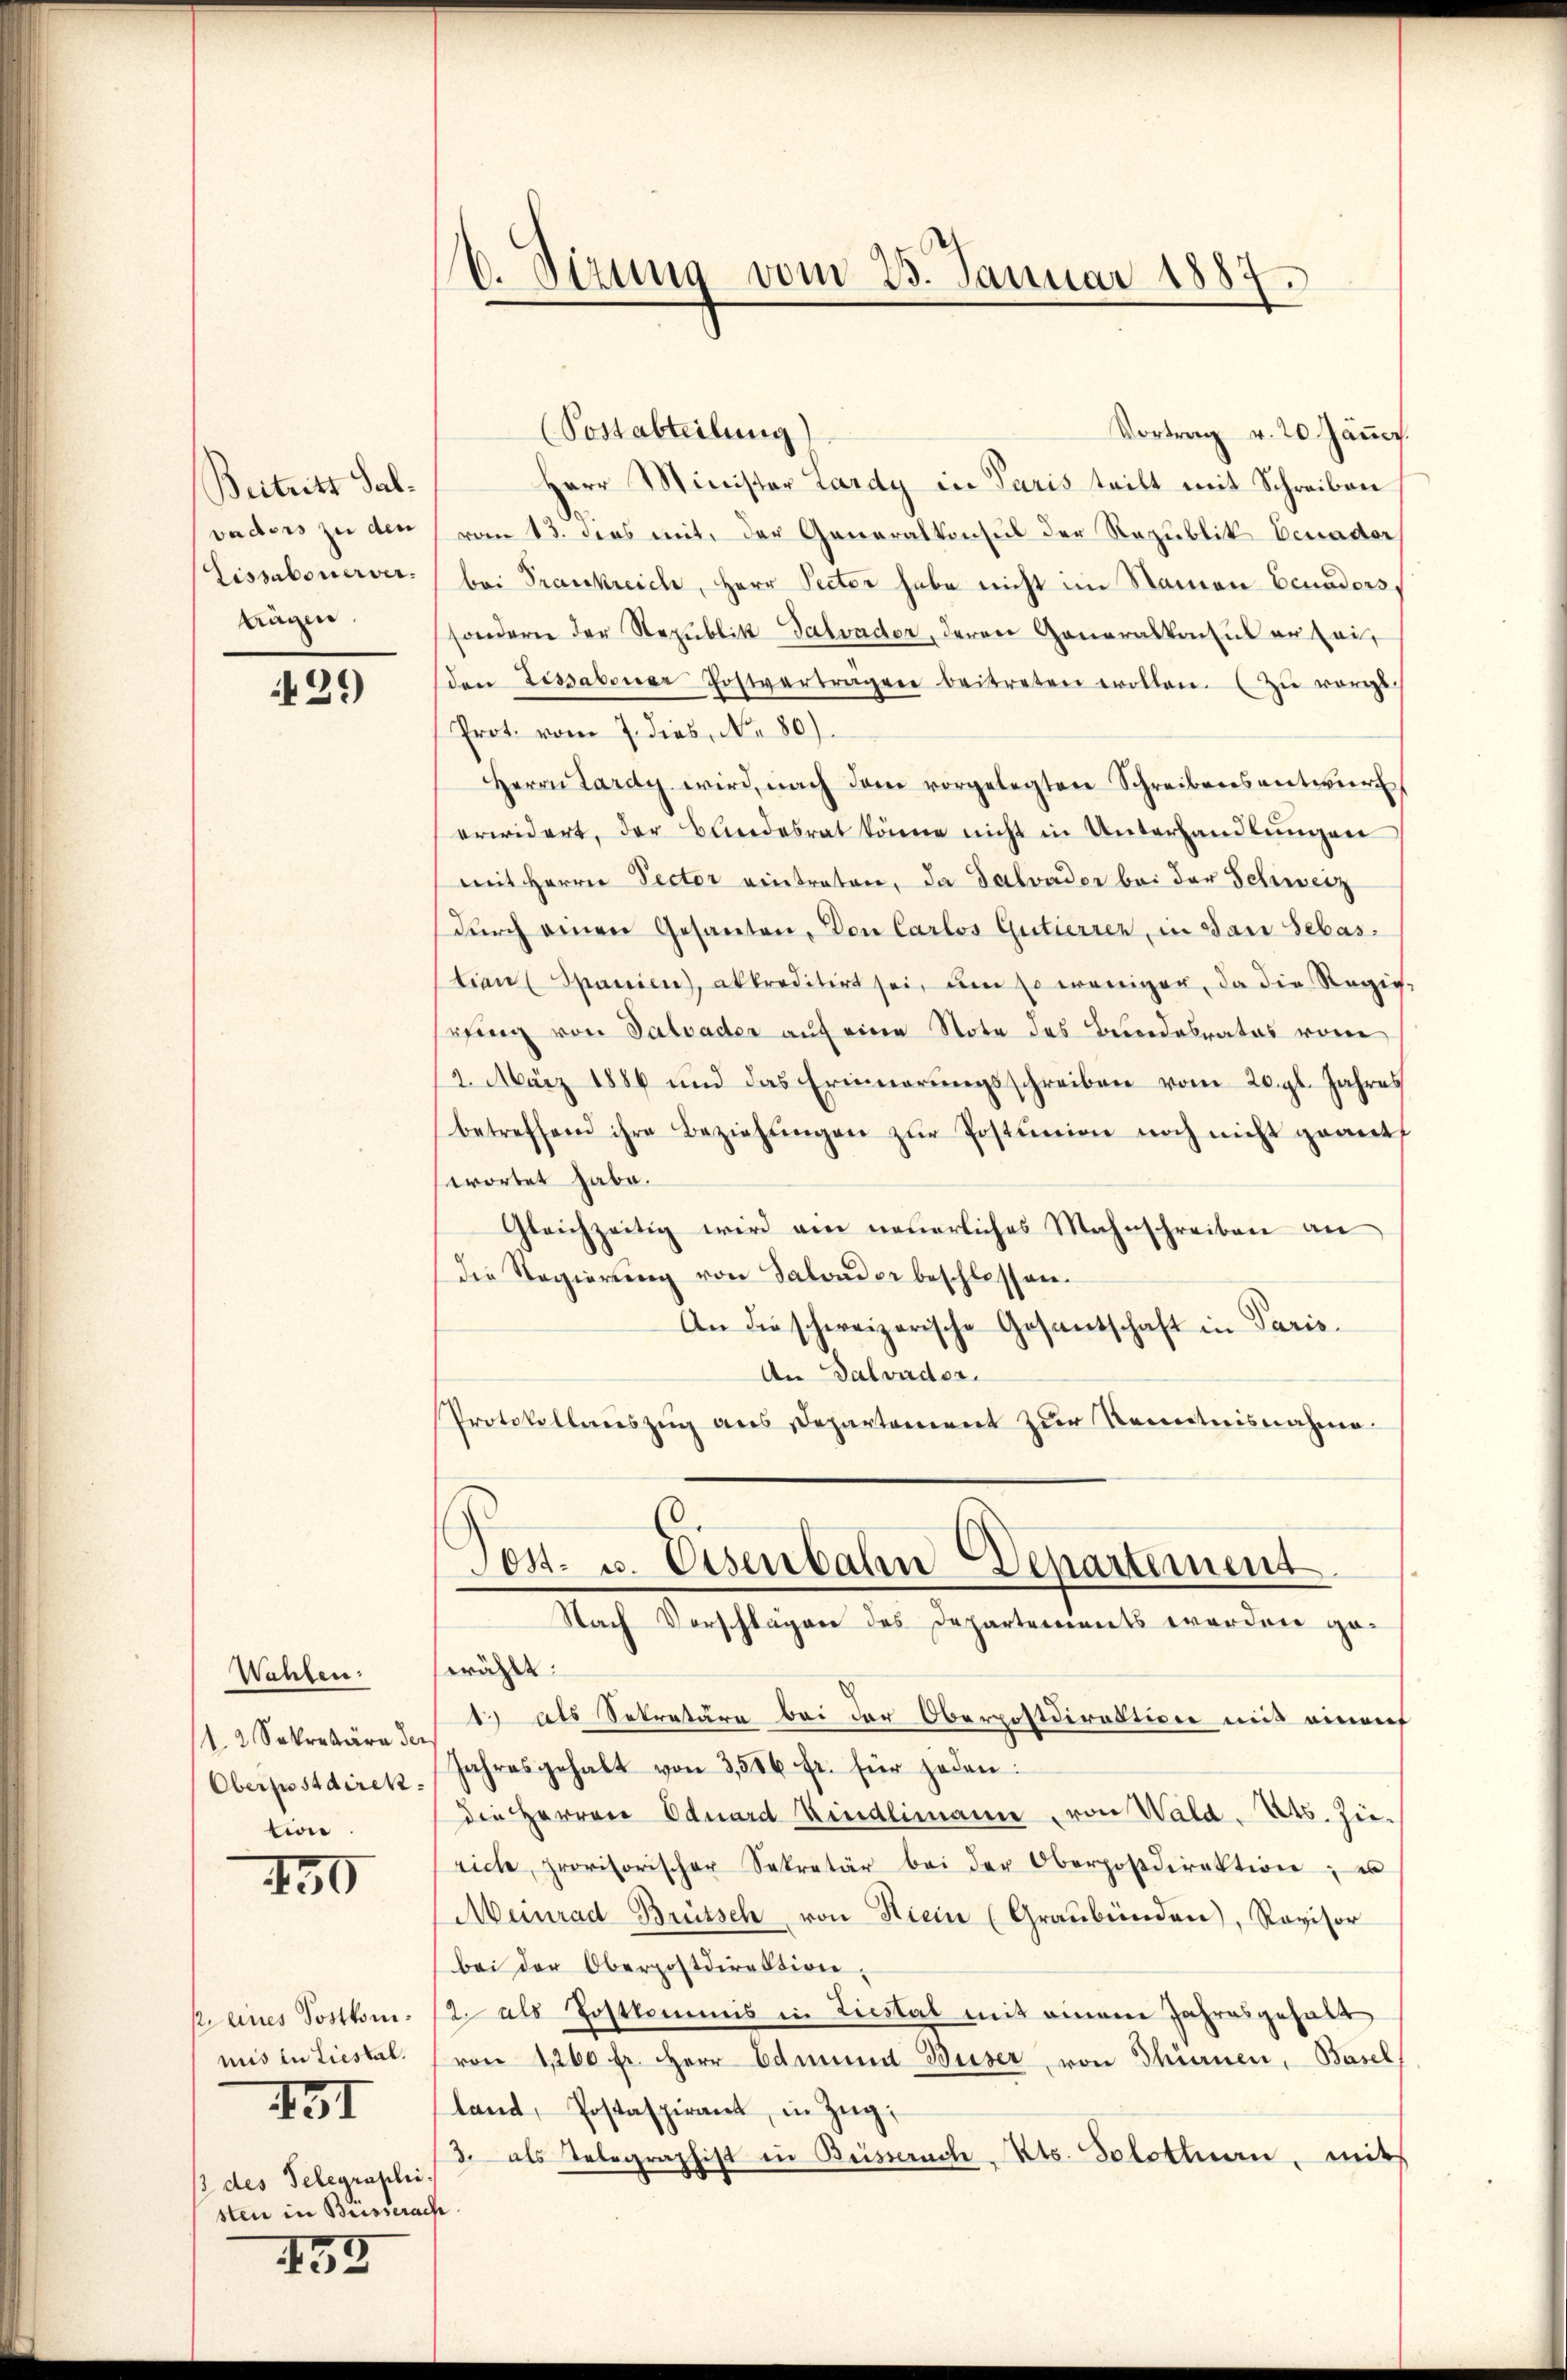
Beitritt Salvaders zu den
Lissabonerver-
tägen.

429)

Wahlen:
12 Sekretäre der
Oberpostdirek
tion

450

p eines Postkomimis in Liestal.
431
/3 des Telegraphis
sten in Biessera

133

6. Sizung vom 23. Januar 1887.

(Postabteilung)
Vortrag v. 20 Jäṅer
Herr Minister Lardy in Paris teilt mit Schreiben
vom 13. dies mit der Generalkonsul der Republik Benader
bei Frankreich, Herr Pecter habe nicht im Namen Ecuaders,
sondern der Republik Galvader, deren Generalkonsul er sei,
den Lissabonar Postvertragen beitreten wollen. (Zu vorge.
Prot. vom 7. dies, No. 80).
Herrn Lardy wird, nach dem vorgelegten Schreibensentwurf
erwidert, der Bundesrat könne nicht in Unterhandlungen
mit Herrn Pector eintraten, da Salvader bei der Schweiz
durch einen Gesanten, Von Carlos Gutierrer, in San Sebas
tian Spanien), akkreditirt sei, um so weniger, da die Regis-
rging von Salvader auf eine Note des Besondesrates vore
2. März 1886 und das Erinnerŭngsschreiben vom 20. gl. Jahres
betreffend ihre Beziehŭngen zŭr Postanien noch nicht geant
swortet habe.
Gleichzeitig wird ein neuerliches Mahnschreiben an
die Regierŭng von Salonder beschlossen.
An die schweizerische Gesantschaft in Paris.
An Dalvador.
Protokollauszug aus Departement zur Kenntnisnahme
Post- u. Eisenbahn Departement
Nach Vorschlagen des Departements werden geswählt:
17 als Sekretäre bei der Oberpostdirektion mit einif
Jahresgehalt von 3,556 fr. für jeden:
die Herren Eduard Kindlimann von Wald. Mts. Zierich, provisorischer Sekretär bei der Oberpostdirektion, es
Meinrad Brütsch von Hiein (Graubünden), Revisor
bei der Oberpostdirektion,
2 als Postkommis in Liestal mit einem Jahresgehalt
von 1200 fr. Herr Edmund Buser, von Thürnen, Basel
land, Postaspirant, in Zŭg.
3. als Telegraphist in Beisseruch, Kts. Solothurn, mit
e